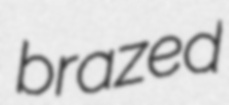
brazed